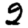
Digit: 2